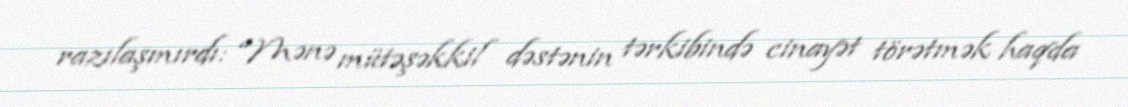
razılaşmırdı: “Mənə mütəşəkkil dəstənin tərkibində cinayət törətmək haqda